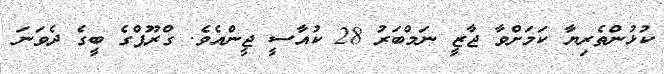
ކުޅުންތެރިޔާ ކަމަށްވާ ޖާޒީ ނަމްބަރު 28 ކުއާސީ ޖީންއެވެ. ގްރޫޕްގެ ބީގެ ދެވަނަ